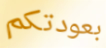
بعودتكم